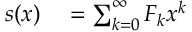
\begin{array} { r l } { s ( x ) } & { { } = \sum _ { k = 0 } ^ { \infty } F _ { k } x ^ { k } } \end{array}